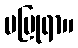
မပြုရာ။